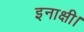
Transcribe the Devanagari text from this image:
इनाक्षी।